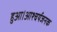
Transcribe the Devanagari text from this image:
हुआ।आश्चर्यजनक